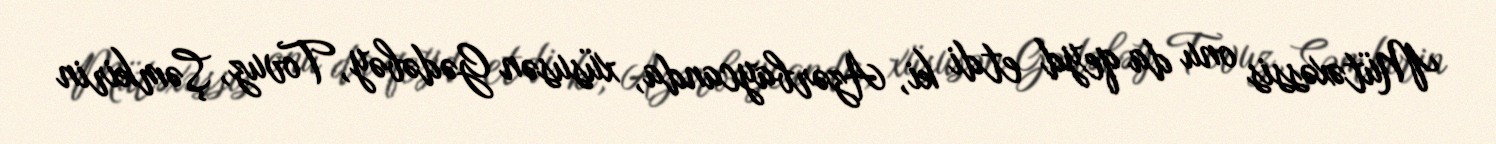
Mütəxəssis onu da qeyd etdi ki, Azərbaycanda, xüsusən Gədəbəy, Tovuz, Şəmkirin